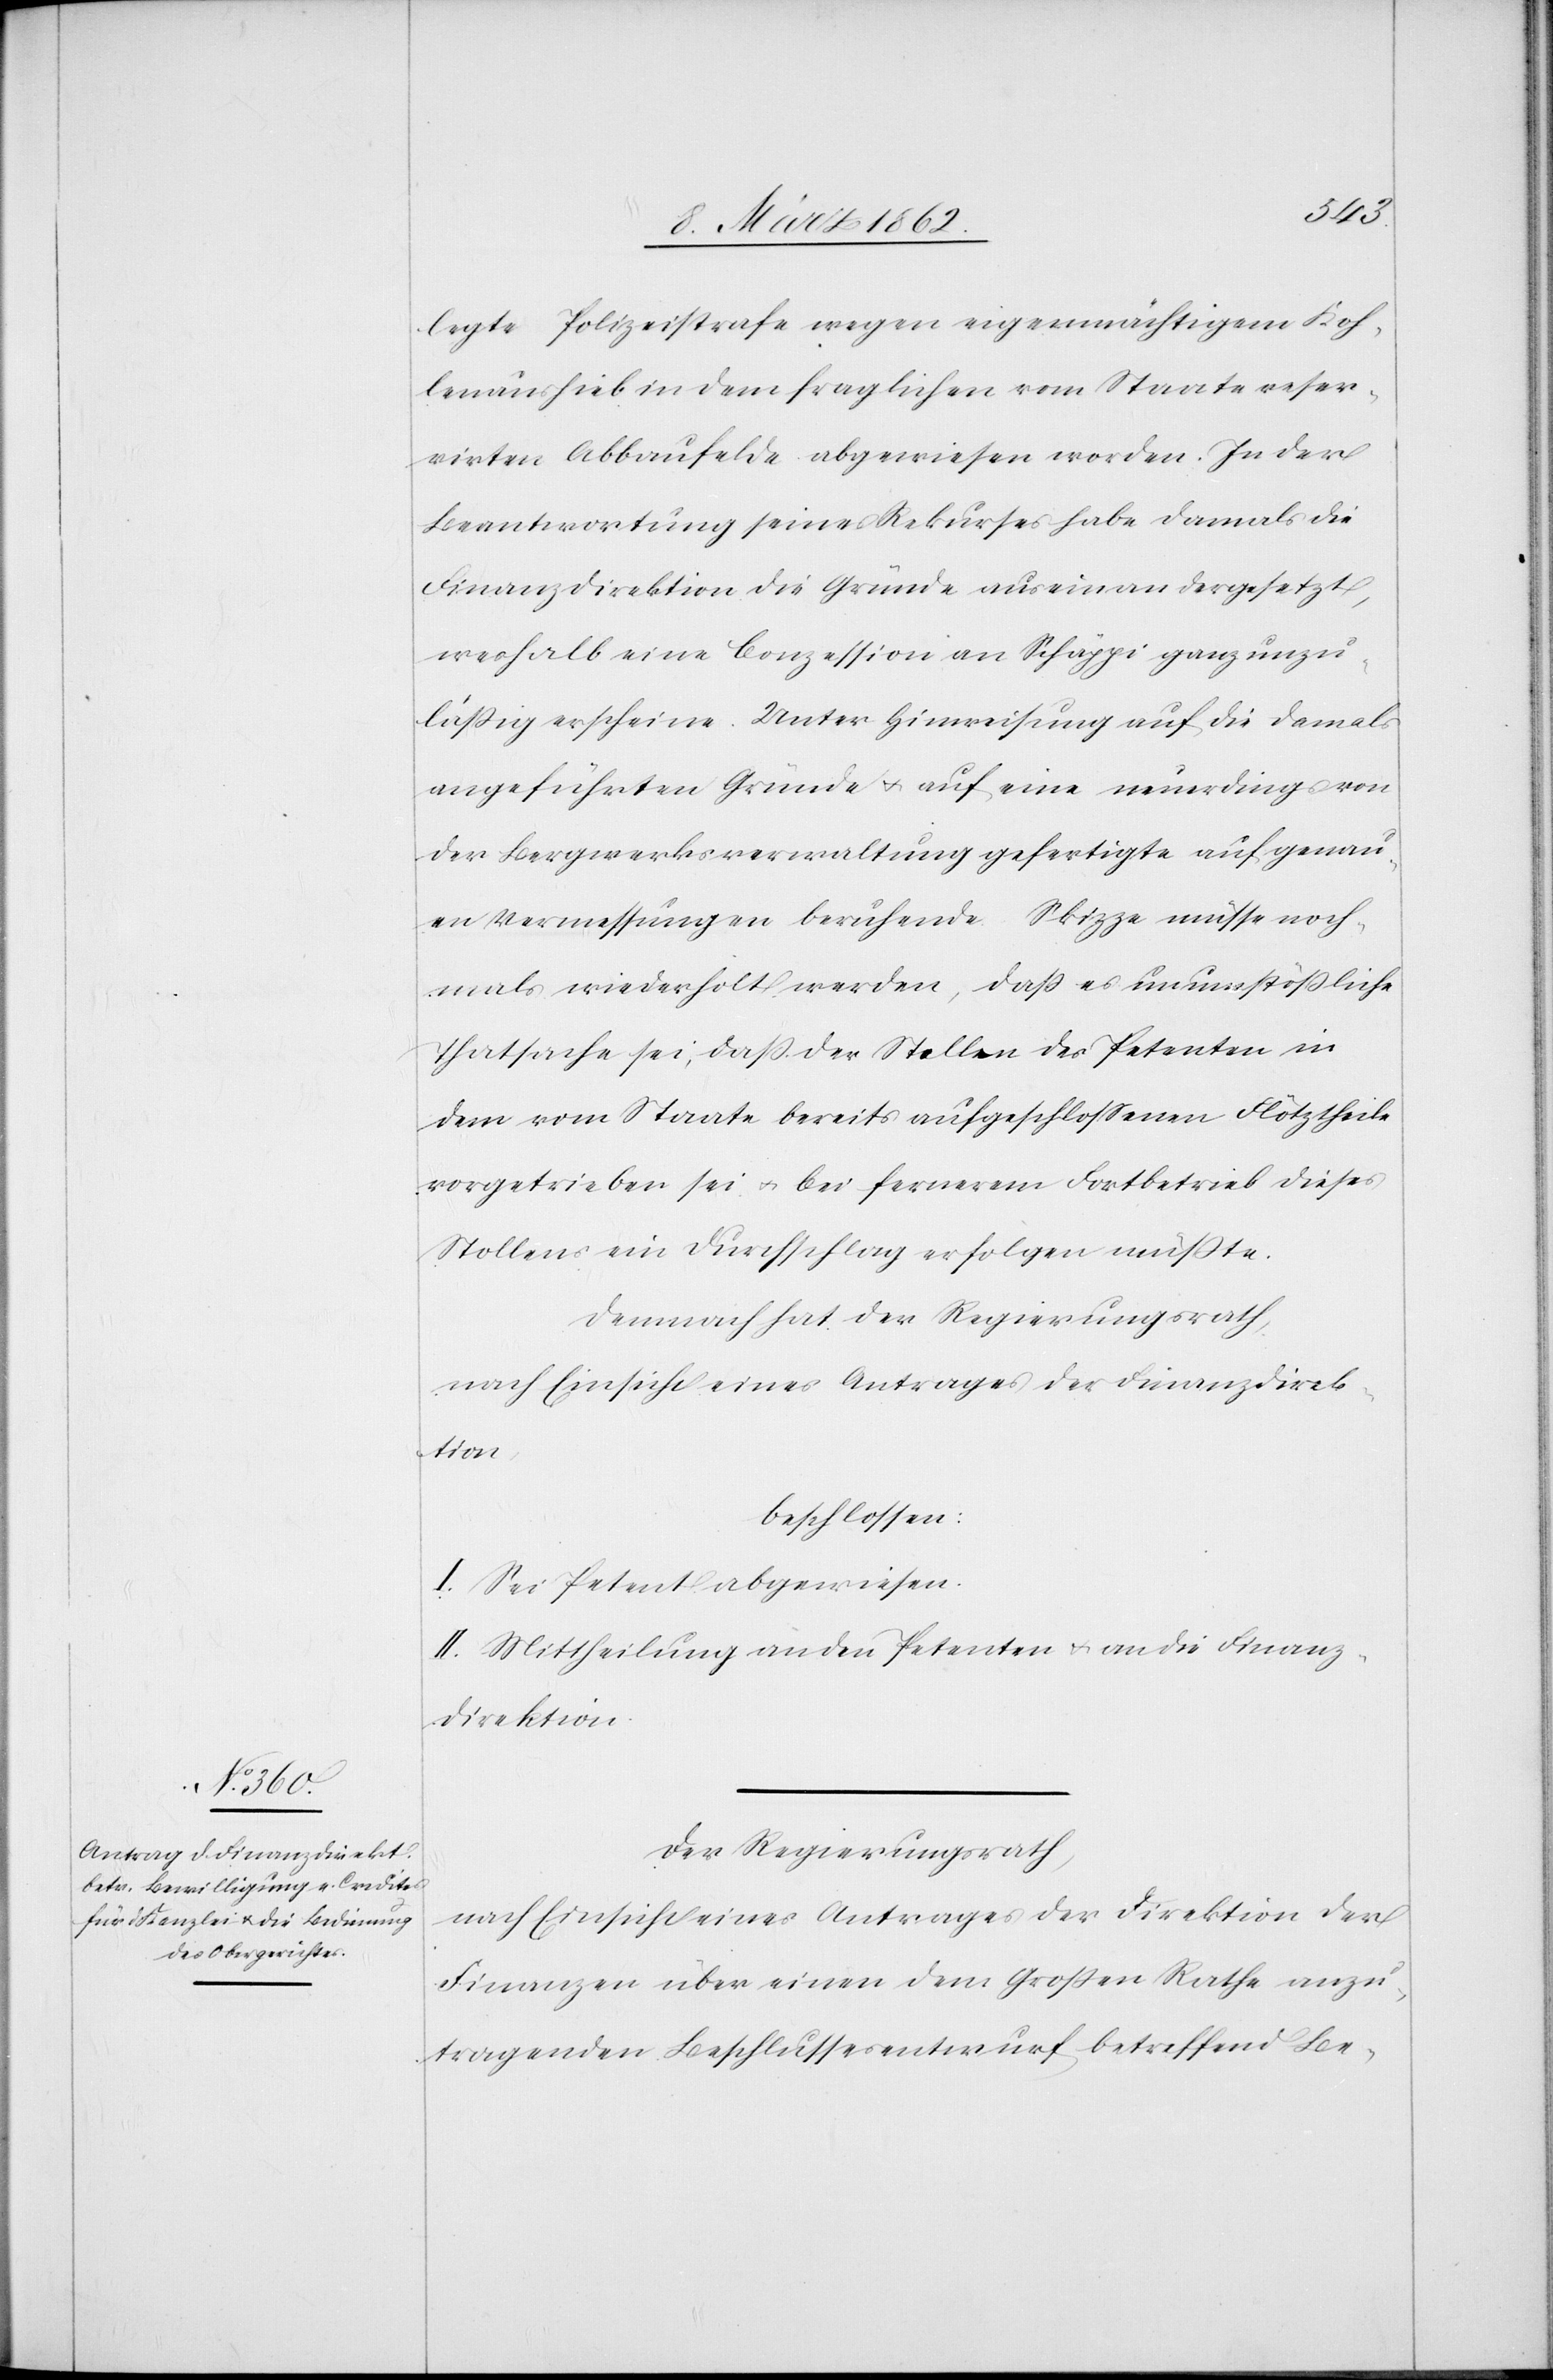
legte Polizeistrafe wegen eigenmächtigem Koh¬
lenaushieb in dem fraglichen vom Staate reser¬
virten Abbaufelde abgewiesen worden. In der
Beantwortung seines Rekurses habe damals die
Finanzdirektion die Gründe auseinandergesetzt,
weshalb eine Conzession an Schäppi ganz unzu¬
läßig erscheine. Unter Hinweisung auf die damals
angeführten Gründe u. auf eine neuerdings von
der Bergwerksverwaltung gefertigte auf genau¬
en Vermessungen beruhende Skizze müsse noch¬
mals wiederholt werden, daß es unumstößliche
Thatsache sei, daß der Stollen des Petenten in
dem vom Staate bereits aufgeschloßenen Flötztheile
vorgetrieben sei u. bei fernerem Fortbetrieb dieses
Stollens ein Durchschlag erfolgen müßte.
Demnach hat der Regierungsrath,
nach Einsicht eines Antrages der Finanzdirek¬
tion,
beschlossen:
I. Seit Petent abgewiesen.
II. Mittheilung an den Petenten u. an die Finanz¬
direktion.
Der Regierungsrath,
nach Einsicht eines Antrages der Direktion der
Finanzen über einen dem Großen Rathe anzu¬
tragenden Beschlussesentwurf, betreffend Be-